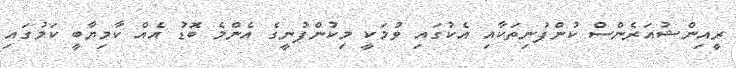
ރީއިންޝުއަރެންސް ކުންފުނިތަކާއި އެކުގައި ވުމަކީ މިކުންފުނީގެ އެންމެ ބޮޑު އެއް ކާމިޔާބީ ކަމުގައި